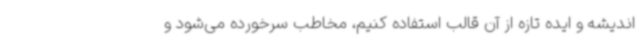
اندیشه و ایده تازه از آن قالب استفاده کنیم، مخاطب سرخورده می‌شود و